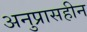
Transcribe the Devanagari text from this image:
अनुप्रासहीन